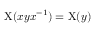
\mathrm { X } ( x y x ^ { - 1 } ) = \mathrm { X } ( y )